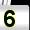
Digit: 5